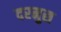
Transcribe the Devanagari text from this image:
दरमुस